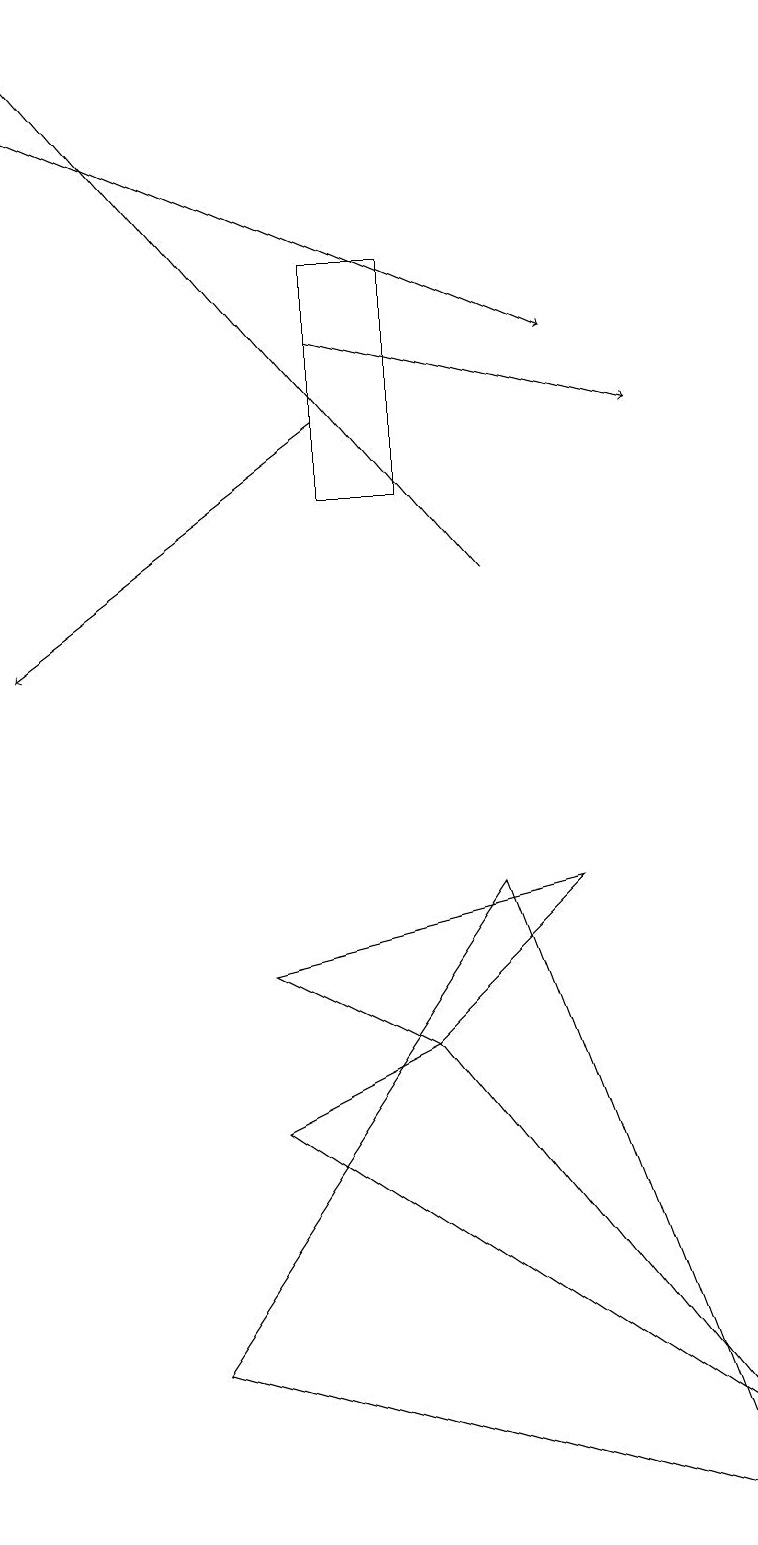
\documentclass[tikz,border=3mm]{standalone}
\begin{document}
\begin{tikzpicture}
\draw[->] (0,18) -- (7,15);
\draw[->] (4,14) -- (0,11);
\draw[->] (4,15) -- (8,14);
\draw (2,2) -- (6,8) -- (9,0) -- cycle;
\draw (5,6) -- (9,1) -- (3,5) -- cycle;
\draw (5,13) rectangle (4,16);
\draw (3,7) -- (5,6) -- (7,8) -- cycle;
\draw[->] (6,12) -- (0,19);
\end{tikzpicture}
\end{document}